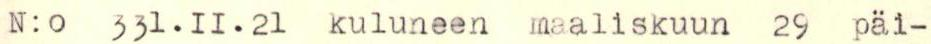
N:0 331.II.21 kuluneen maaliskuun 29 päi-